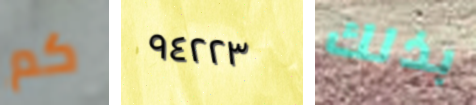
كم ٩٤٢٢٣ بذلك